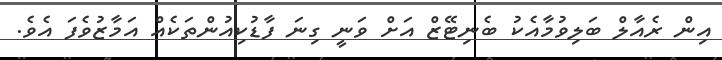
އިން ރެއާލް ބަލިވުމާއެކު ބެނިޓޭޒް އަށް ވަނީ ގިނަ ފާޑުކިއުންތަކެއް އަމާޒުވެފަ އެވެ.